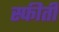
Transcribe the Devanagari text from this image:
स्फीती